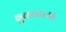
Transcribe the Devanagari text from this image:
बुक्कच्या